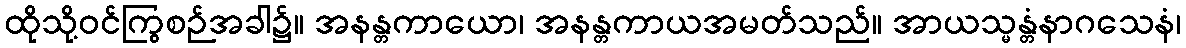
ထိုသို့ဝင်ကြွစဉ်အခါ၌။ အနန္တကာယော၊ အနန္တကာယအမတ်သည်။ အာယသ္မန္တံနာဂသေနံ၊